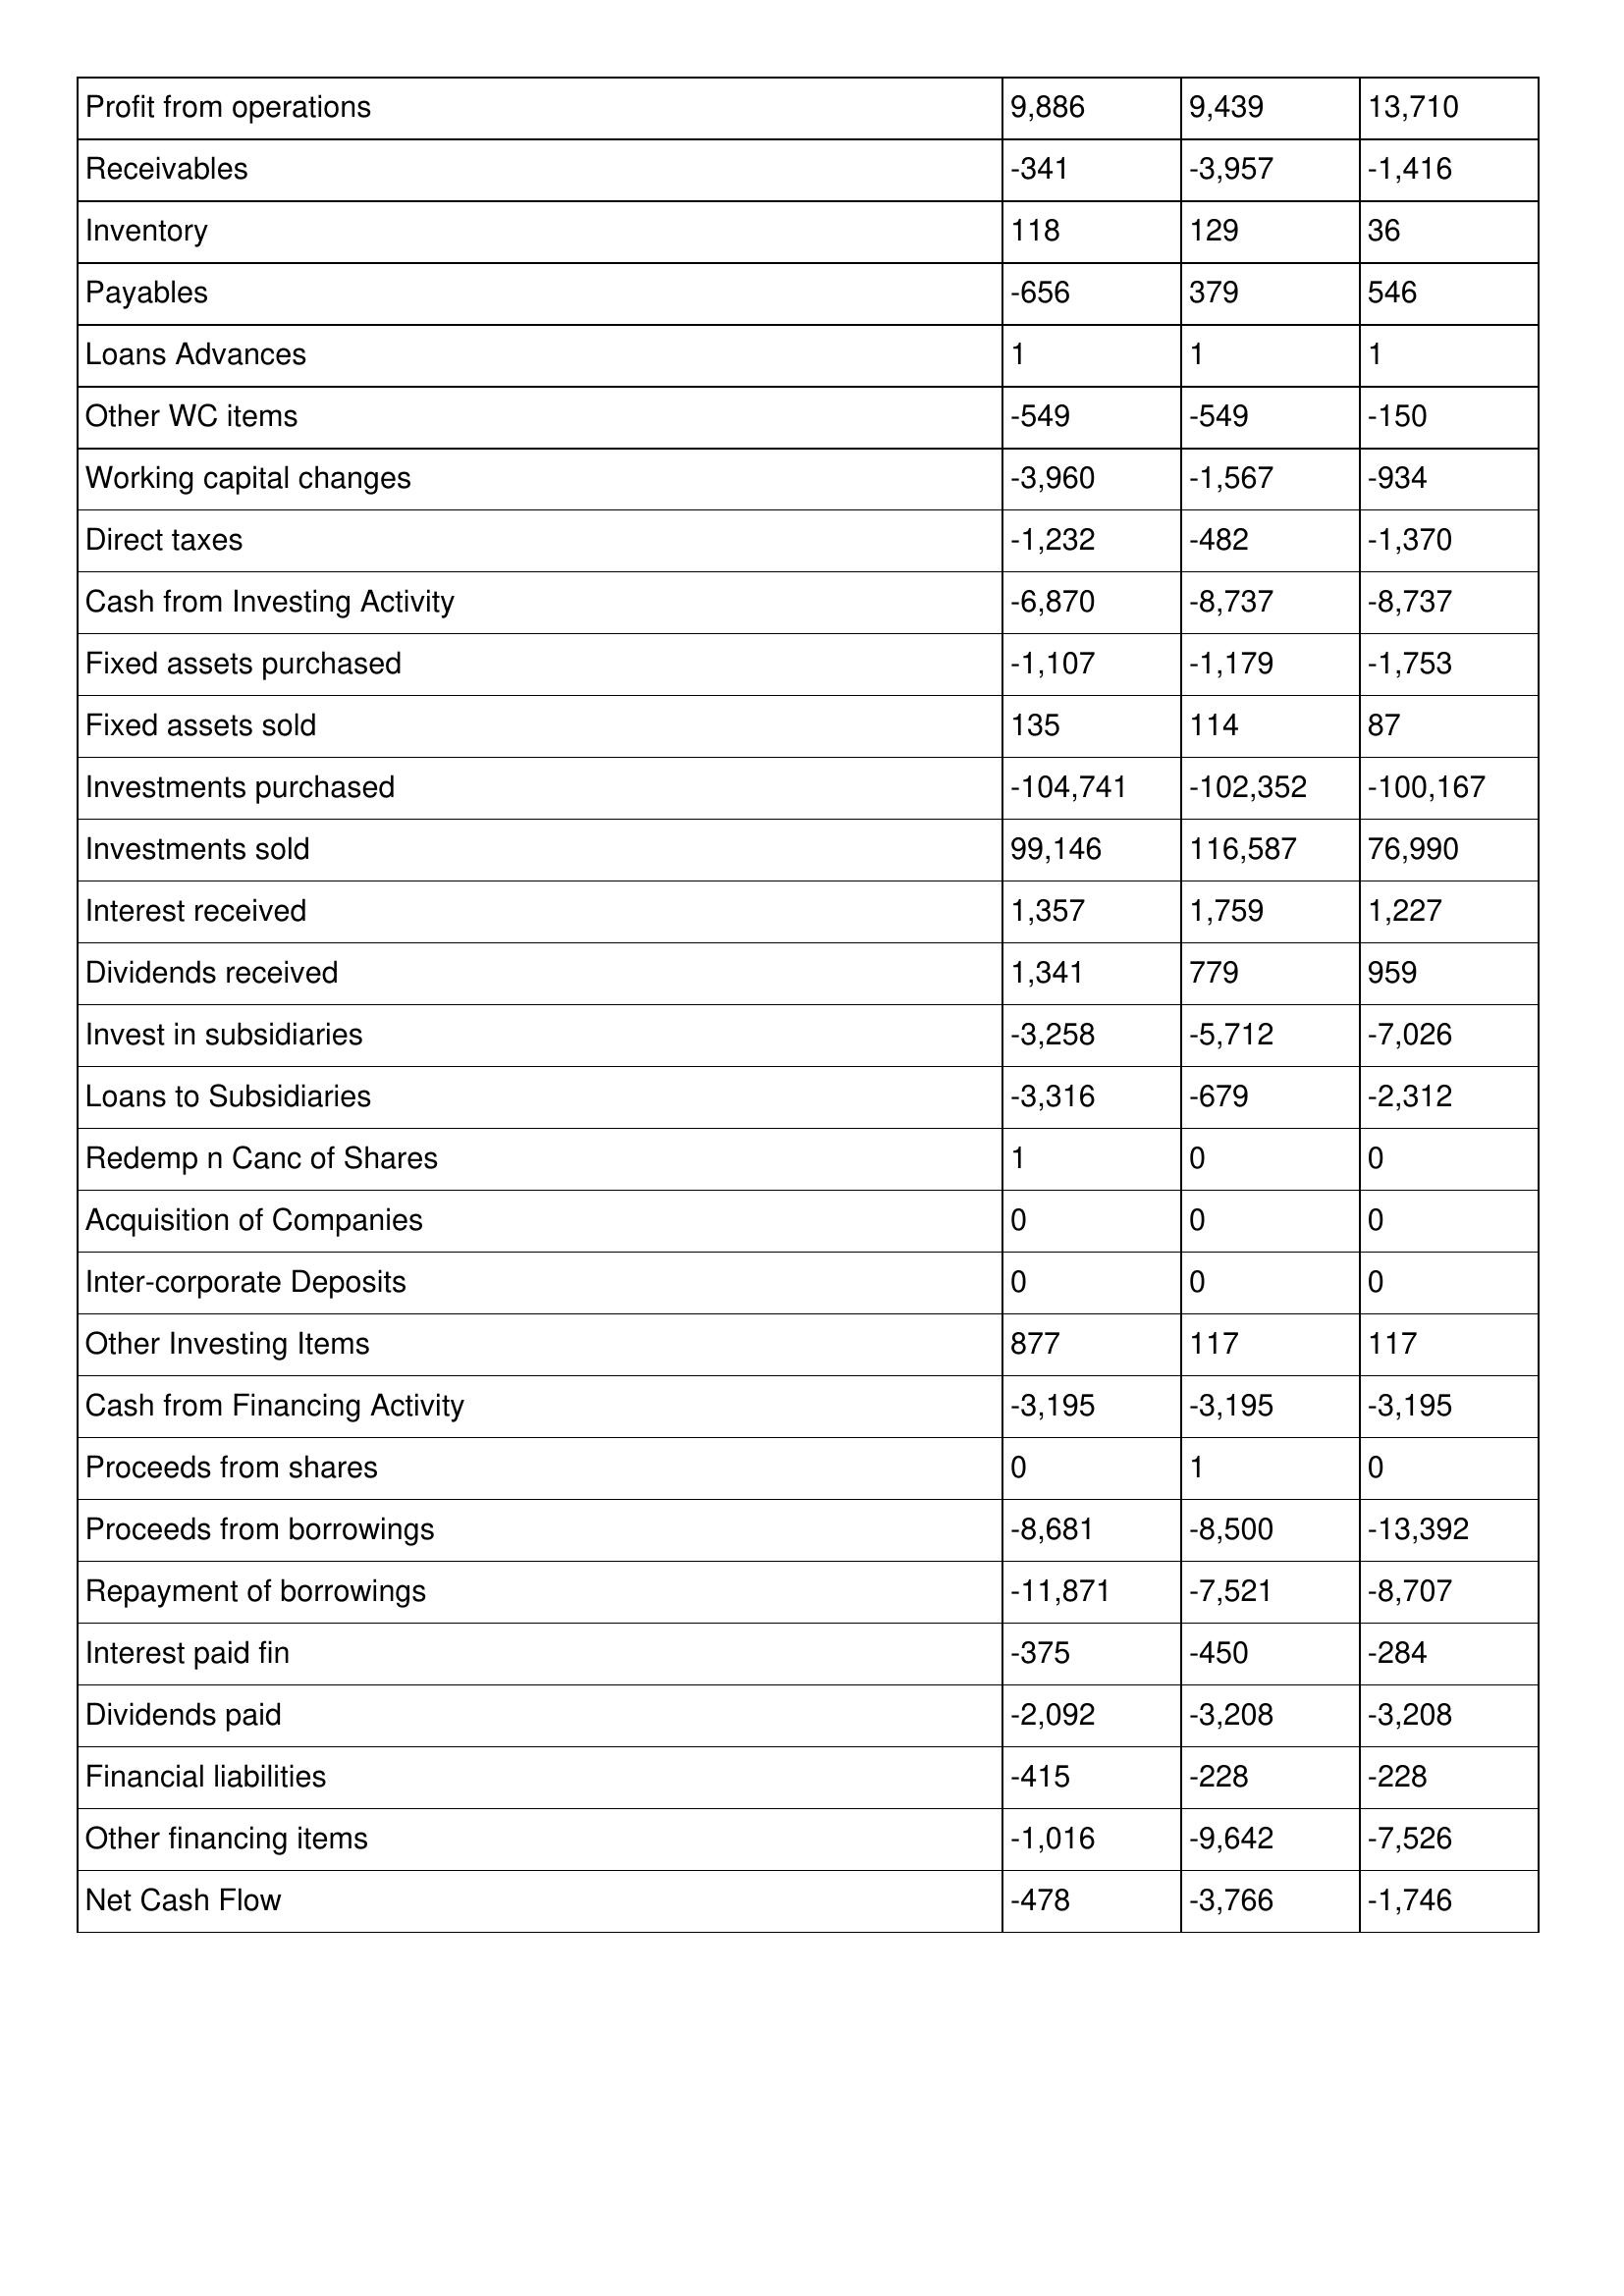
gt_parse: 2012: Cash Flows: Profit from operations: 9,886
Receivables: -341
Inventory: 118
Payables: -656
Loans Advances: 1
Other WC items: -549
Working capital changes: -3,960
Direct taxes: -1,232
Cash from Investing Activity: -6,870
Fixed assets purchased: -1,107
Fixed assets sold: 135
Investments purchased: -104,741
Investments sold: 99,146
Interest received: 1,357
Dividends received: 1,341
Invest in subsidiaries: -3,258
Loans to Subsidiaries: -3,316
Redemp n Canc of Shares: 1
Acquisition of Companies: 0
Inter-corporate Deposits: 0
Other Investing Items: 877
Cash from Financing Activity: -3,195
Proceeds from shares: 0
Proceeds from borrowings: -8,681
Repayment of borrowings: -11,871
Interest paid fin: -375
Dividends paid: -2,092
Financial liabilities: -415
Other financing items: -1,016
Net Cash Flow: -478
2011: Cash Flows: Profit from operations: 9,439
Receivables: -3,957
Inventory: 129
Payables: 379
Loans Advances: 1
Other WC items: -549
Working capital changes: -1,567
Direct taxes: -482
Cash from Investing Activity: -8,737
Fixed assets purchased: -1,179
Fixed assets sold: 114
Investments purchased: -102,352
Investments sold: 116,587
Interest received: 1,759
Dividends received: 779
Invest in subsidiaries: -5,712
Loans to Subsidiaries: -679
Redemp n Canc of Shares: 0
Acquisition of Companies: 0
Inter-corporate Deposits: 0
Other Investing Items: 117
Cash from Financing Activity: -3,195
Proceeds from shares: 1
Proceeds from borrowings: -8,500
Repayment of borrowings: -7,521
Interest paid fin: -450
Dividends paid: -3,208
Financial liabilities: -228
Other financing items: -9,642
Net Cash Flow: -3,766
2010: Cash Flows: Profit from operations: 13,710
Receivables: -1,416
Inventory: 36
Payables: 546
Loans Advances: 1
Other WC items: -150
Working capital changes: -934
Direct taxes: -1,370
Cash from Investing Activity: -8,737
Fixed assets purchased: -1,753
Fixed assets sold: 87
Investments purchased: -100,167
Investments sold: 76,990
Interest received: 1,227
Dividends received: 959
Invest in subsidiaries: -7,026
Loans to Subsidiaries: -2,312
Redemp n Canc of Shares: 0
Acquisition of Companies: 0
Inter-corporate Deposits: 0
Other Investing Items: 117
Cash from Financing Activity: -3,195
Proceeds from shares: 0
Proceeds from borrowings: -13,392
Repayment of borrowings: -8,707
Interest paid fin: -284
Dividends paid: -3,208
Financial liabilities: -228
Other financing items: -7,526
Net Cash Flow: -1,746